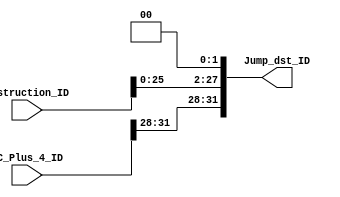
// Jump_address_unit to generate the destination of the jump

module Jump_address_unit(
				input [31:0]  		Instruction_ID,
			   input [31:0]	   PC_Plus_4_ID,
				
				output [31:0] 		Jump_dst_ID
);

assign Jump_dst_ID = {{PC_Plus_4_ID[31:28]},{Instruction_ID[27:0] << 2}};

endmodule